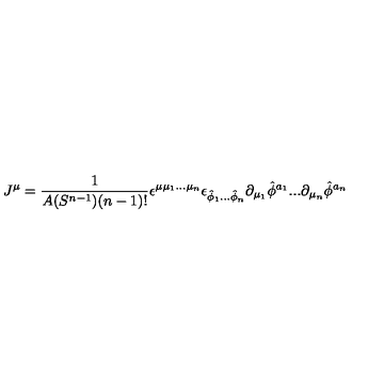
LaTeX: J ^ { \mu } = \frac { 1 } { A ( S ^ { n - 1 } ) ( n - 1 ) ! } \epsilon ^ { \mu \mu _ { 1 } . . . \mu _ { n } } \epsilon _ { \hat { \phi } _ { 1 } . . . \hat { \phi } _ { n } } \partial _ { \mu _ { 1 } } \hat { \phi } ^ { a _ { 1 } } . . . \partial _ { \mu _ { n } } \hat { \phi } ^ { a _ { n } }